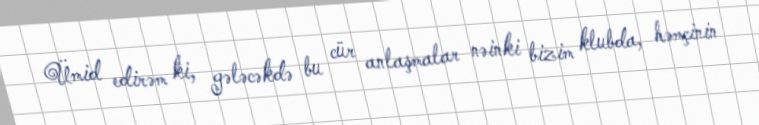
Ümid edirəm ki, gələcəkdə bu cür anlaşmalar nəinki bizim klubda, həmçinin